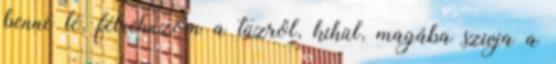
benne lé, félrehuzom a tüzről, kihül, magába szivja a